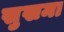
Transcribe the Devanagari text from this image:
सुखमा